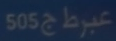
505عبرت ج